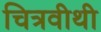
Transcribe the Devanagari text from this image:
चित्रवीथी